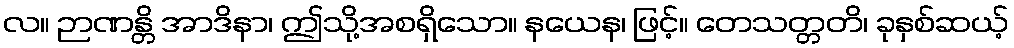
လ။ ဉာဏန္တိ အာဒိနာ၊ ဤသို့အစရှိသော။ နယေန၊ ဖြင့်။ တေသတ္တတိ၊ ခုနှစ်ဆယ့်